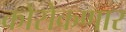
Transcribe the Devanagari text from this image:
कोसेकणार